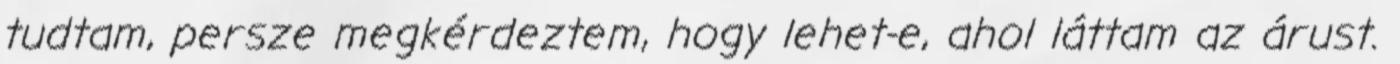
tudtam, persze megkérdeztem, hogy lehet-e, ahol láttam az árust.